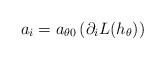
LaTeX: \begin{align*}a_i=a_{\theta 0}\left(\partial_iL(h_\theta)\right)\end{align*}